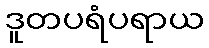
ဒူတပရံပရာယ